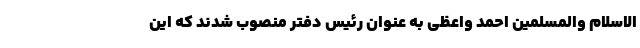
الاسلام والمسلمین احمد واعظی به عنوان رئیس دفتر منصوب شدند که این